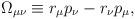
LaTeX: \begin{align*}\Omega_{\mu\nu} \equiv r_\mu p_\nu - r_\nu p_\mu,\end{align*}